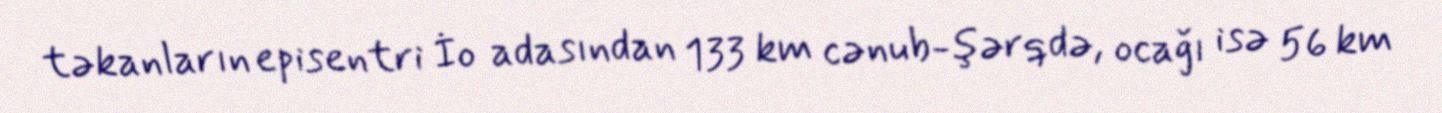
təkanların episentri İo adasından 133 km cənub-şərqdə, ocağı isə 56 km